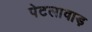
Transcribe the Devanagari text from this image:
पेटलावाड़